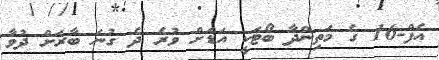
އެފް-16 ގެ މަތިންދާ ބޯޓަކީ އަޑަށް ވުރެ ދެ ގުނަ ބާރަށް ދުވާ